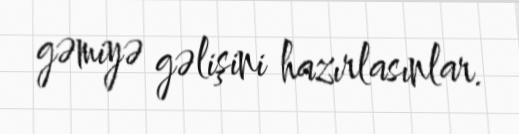
gəmiyə gəlişini hazırlasınlar.